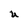
Character: U